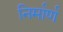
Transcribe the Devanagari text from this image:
निर्मार्ण